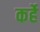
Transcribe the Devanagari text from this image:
कर्हे